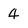
Character: 4